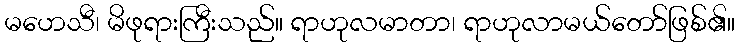
မဟေသီ၊ မိဖုရားကြီးသည်။ ရာဟုလမာတာ၊ ရာဟုလာမယ်တော်ဖြစ်၏။